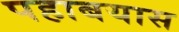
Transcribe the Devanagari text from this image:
पहाबयास